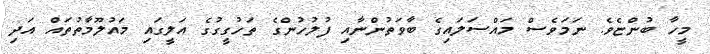
މީހާ ބުންޏެވެ. ނަމަވެސް މައްސަލައިގެ ބާވަތުންނާއި ފުލުހުންގެ ތަހުގީގުގެ އަލީގައި މައުލޫމާތުތައް އަދި